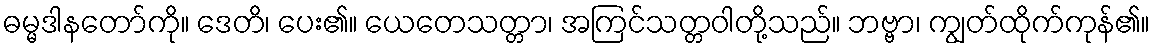
ဓမ္မဒါနတော်ကို။ ဒေတိ၊ ပေး၏။ ယေတေသတ္တာ၊ အကြင်သတ္တဝါတို့သည်။ ဘဗ္ဗာ၊ ကျွတ်ထိုက်ကုန်၏။